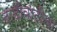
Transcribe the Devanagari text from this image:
दाटीवाटीचा